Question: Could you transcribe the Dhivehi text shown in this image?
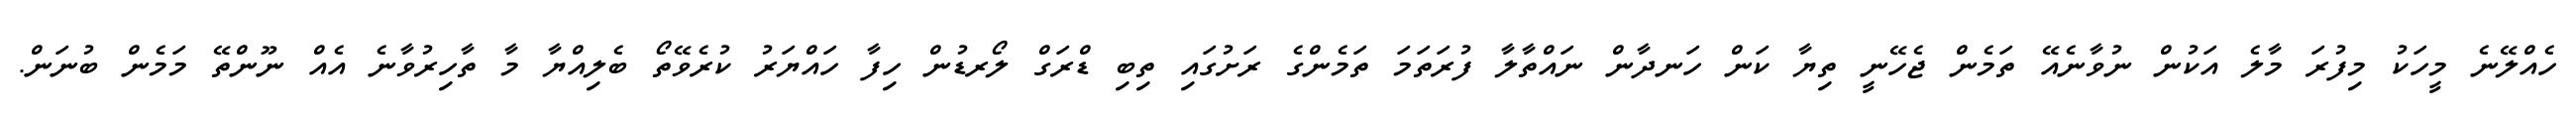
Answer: ހެއްލޭނެ މީހަކު މިފުރަ މާލެ އަކުން ނުވާނެއޭ ތަމެން ޖެހޭނީ ތިޔާ ކަން ހަނދާން ނައްތާލާ ފުރަތަމަ ތަމެންގެ ރަށުގައި ތިބި ޑްރަގް ލޯރޑުން ހިފާ ހައްޔަރު ކުރެވޭތޯ ބެލިއްޔާ މާ ތާހިރުވާނެ އެއް ނޫންތޭ މަމެން ބުނަން.